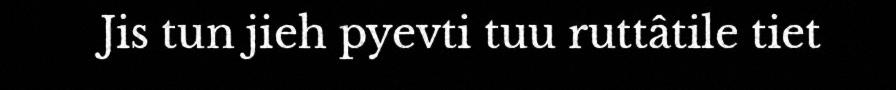
Jis tun jieh pyevti tuu ruttâtile tiet